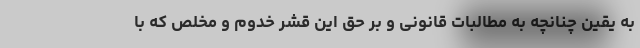
به یقین چنانچه به مطالبات قانونی و بر حق این قشر خدوم و مخلص که با